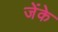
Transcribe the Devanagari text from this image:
जेंके